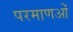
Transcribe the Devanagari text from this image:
परमाणओं